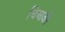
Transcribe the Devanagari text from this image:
चिआकी